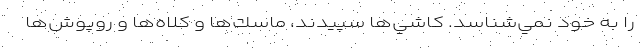
را به خود نمي‌شناسد. كاشي‌ها سپيدند، ماسك‌ها و كلاه‌ها و روپوش‌ها